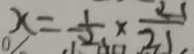
x = \frac { 1 } { 2 } \times \frac { 2 1 } { 2 1 }